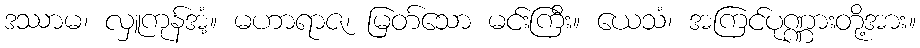
ဒဿာမ၊ လှူကုန်အံ့။ မဟာရာဇ၊ မြတ်သော မင်းကြီး။ ယေသံ၊ အကြင်ပုဏ္ဏားတို့အား။